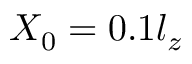
X _ { 0 } = 0 . 1 l _ { z }